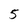
Character: 5